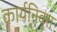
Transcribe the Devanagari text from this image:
कार्यनिवृत्त